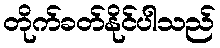
တိုက်ခတ်နိုင်ပါသည်